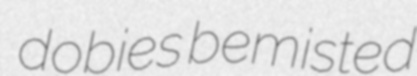
dobies bemisted